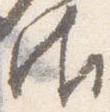
御